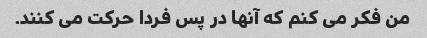
من فکر می کنم که آنها در پس فردا حرکت می کنند.